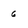
Character: 6